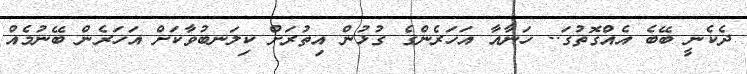
ދެކެނީ ބޭބެ އެއްގޮތުގަ.. ހަނާއާ އަހަރެންގެ ގުޅުން އިތުރަށް ކިލަނބުވާކަށް އަހަރެން ބޭނުމެއް